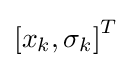
\left[x_{k},\sigma _{k}\right]^{T}